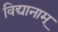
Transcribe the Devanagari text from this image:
विद्यानाम्